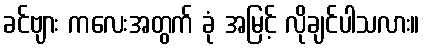
ခင်ဗျား ကလေးအတွက် ခုံ အမြင့် လိုချင်ပါသလား။